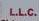
l.l.c